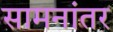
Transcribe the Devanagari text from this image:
सामनांतर